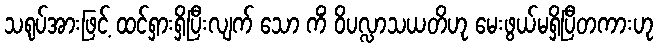
သရုပ်အားဖြင့် ထင်ရှားရှိပြီးလျက် သော ကိံ ဝိပလ္လာသယတိဟု မေးဖွယ်မရှိပြီတကားဟု